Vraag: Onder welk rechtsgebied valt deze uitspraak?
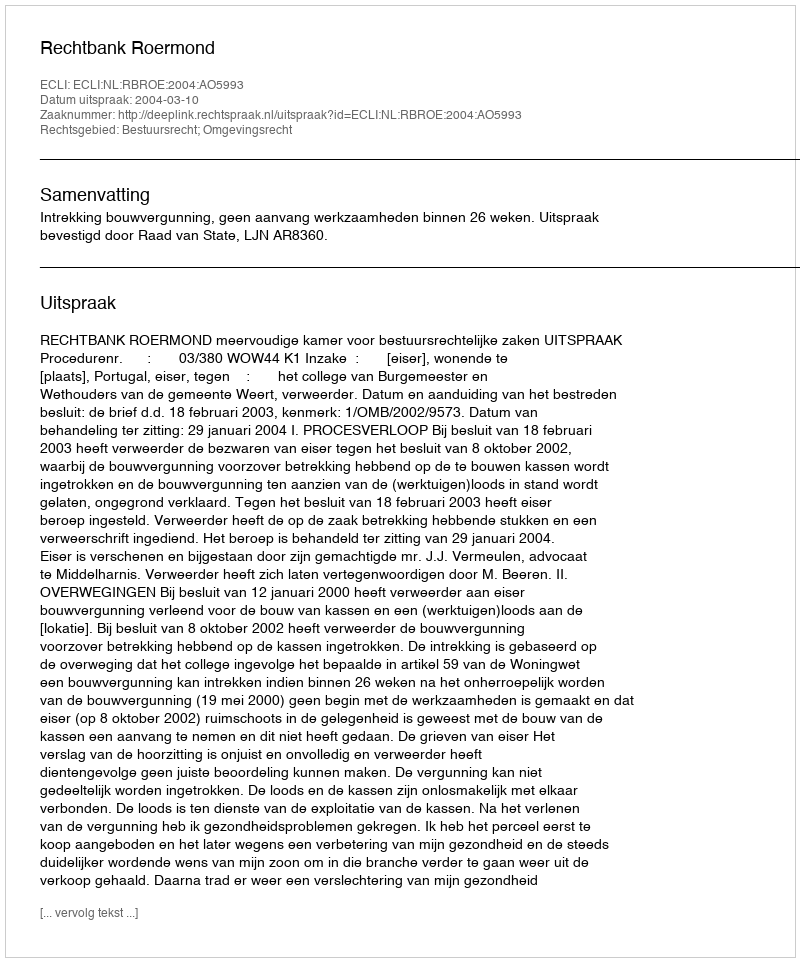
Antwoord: Bestuursrecht; Omgevingsrecht